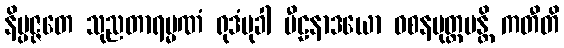
နိပ္ပဇ္ဇတေ သုညတာရမ္မဏံ ရုဒံမုခါ ပီဠနာဒယော ဝစနမုတ္တမန္တိ ကတီတိ